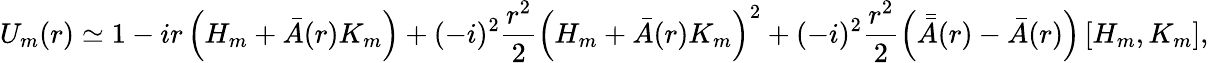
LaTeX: U_{m}(r)\simeq 1-ir\left(H_{m}+{\bar{A}}(r)K_{m}\right)+(-i)^{2}\frac{r^{2}}{2}\left(H_{m}+{\bar{A}}(r)K_{m}\right)^{2}+(-i)^{2}\frac{r^{2}}{2}\left({\bar{\bar{A}}}(r)-{\bar{A}}(r)\right)\left[H_{m},K_{m}\right],